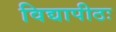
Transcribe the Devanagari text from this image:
विद्यापीठः